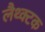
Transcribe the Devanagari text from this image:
लैथ्क्टक